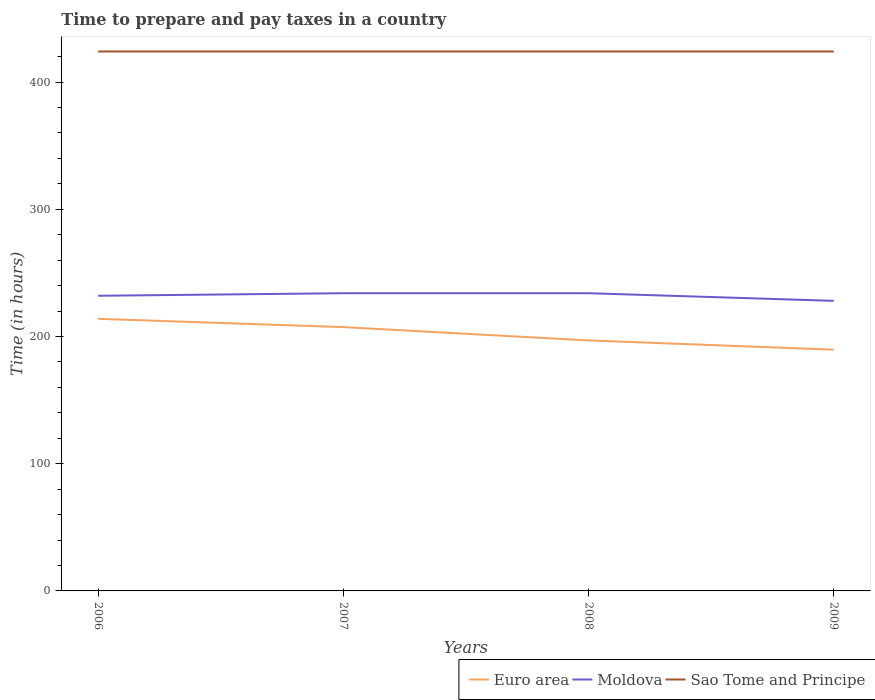
| Years | Euro area | Moldova | Sao Tome and Principe |
 | --- | --- | --- | --- |
 | 2006 | 214 | 232 | 424 |
 | 2007 | 207 | 234 | 424 |
 | 2008 | 197 | 234 | 424 |
 | 2009 | 190 | 228 | 424 |